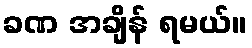
ခဏ အချိန် ရမယ်။